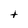
Character: t